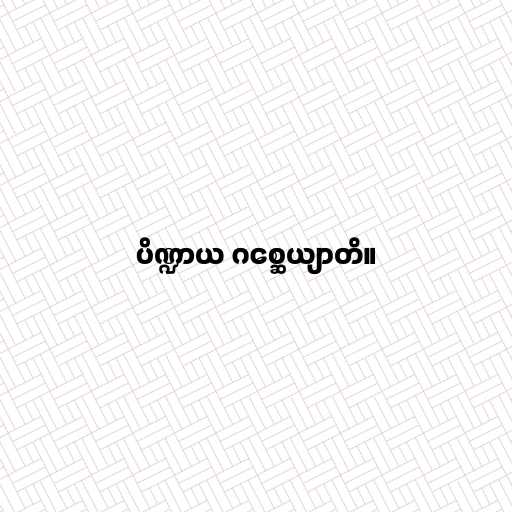
ပိဏ္ဍာယ ဂစ္ဆေယျာတိ။